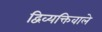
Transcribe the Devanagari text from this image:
द्विव्यक्तिवाले